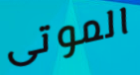
الموتى